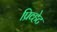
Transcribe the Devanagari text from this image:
प्रिव्हेट